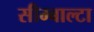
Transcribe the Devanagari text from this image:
सीम्बाल्टा